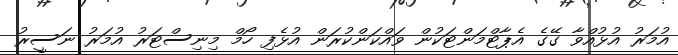
އުމަރު އުޅުއްވާ ގޭގެ އެޕާޓްމަންޓަކުން ވައްކަންކުރަން އުޅެފި ހޯމް މިނިސްޓަރު އުމަރު ނަސީރު